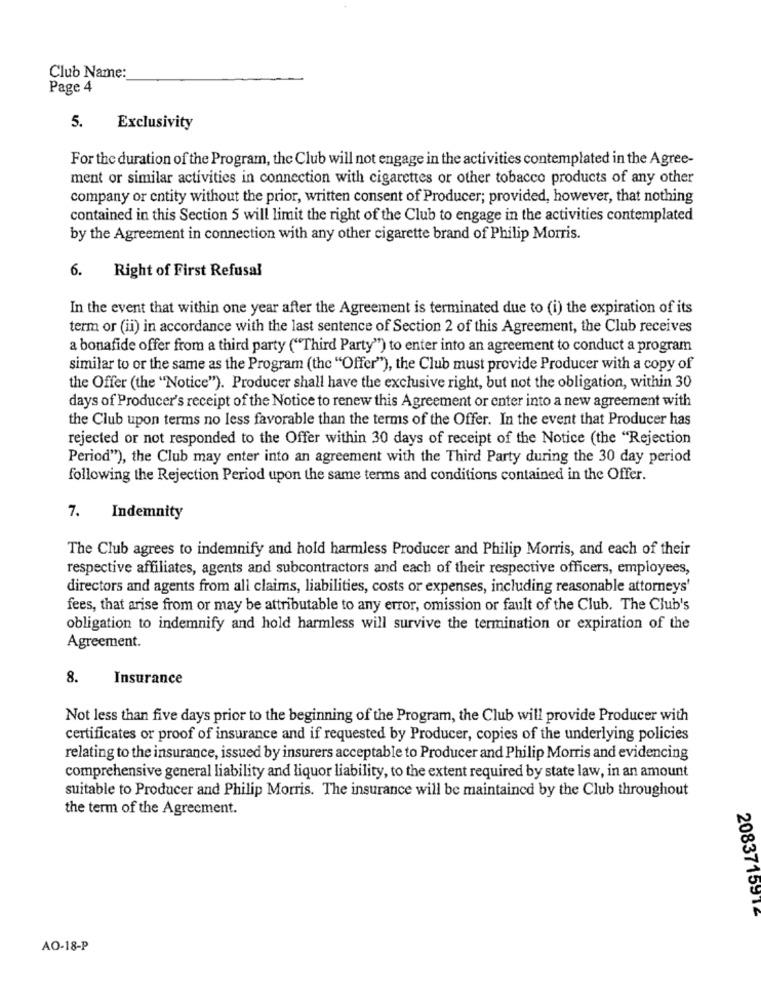
Club Name:
Page 4
5.
Exclusivity
For the duration of the Program, the Club will not engage in the activities contemplated in the Agree-
ment or similar activities in connection with cigarettes or other tobacco products of any other
company or entity without the prior, written consent of Producer; provided, however, that nothing
contained in this Section 5 will limit the right of the Club to engage in the activities contemplated
by the Agreement in connection with any other cigarette brand of Philip Morris.
6. Right of First Refusal
In the event that within one year after the Agreement is terminated due to (i) the expiration of its
term or (ii) in accordance with the last sentence of Section 2 of this Agreement, the Club receives
a bonafide offer from a third party ("Third Party") to enter into an agreement to conduct a program
similar to or the same as the Program (the "Offer"), the Club must provide Producer with a copy of
the Offer (the "Notice"). Producer shall have the exclusive right, but not the obligation, within 30
days of Producer's receipt of the Notice to renew this Agreement or enter into a new agreement with
the Club upon terms no less favorable than the terms of the Offer. In the event that Producer has
rejected or not responded to the Offer within 30 days of receipt of the Notice (the "Rejection
Period"), the Club may enter into an agreement with the Third Party during the 30 day period
following the Rejection Period upon the same terms and conditions contained in the Offer.
7.
Indemnity
The Club agrees to indemnify and hold harmless Producer and Philip Morris, and each of their
respective affiliates, agents and subcontractors and each of their respective officers, employees,
directors and agents from all claims, liabilities, costs or expenses, including reasonable attorneys'
fees, that arise from or may be attributable to any error, omission or fault of the Club. The Club's
obligation to indemnify and hold harmless will survive the termination or expiration of the
Agreement.
8.
Insurance
Not less than five days prior to the beginning of the Program, the Club will provide Producer with
certificates or proof of insurance and if requested by Producer, copies of the underlying policies
relating to the insurance, issued by insurers acceptable to Producer and Philip Morris and evidencing
comprehensive general liability and liquor liability, to the extent required by state law, in an amount
suitable to Producer and Philip Morris. The insurance will be maintained by the Club throughout
the term of the Agreement.
2083715914
AO-18-P